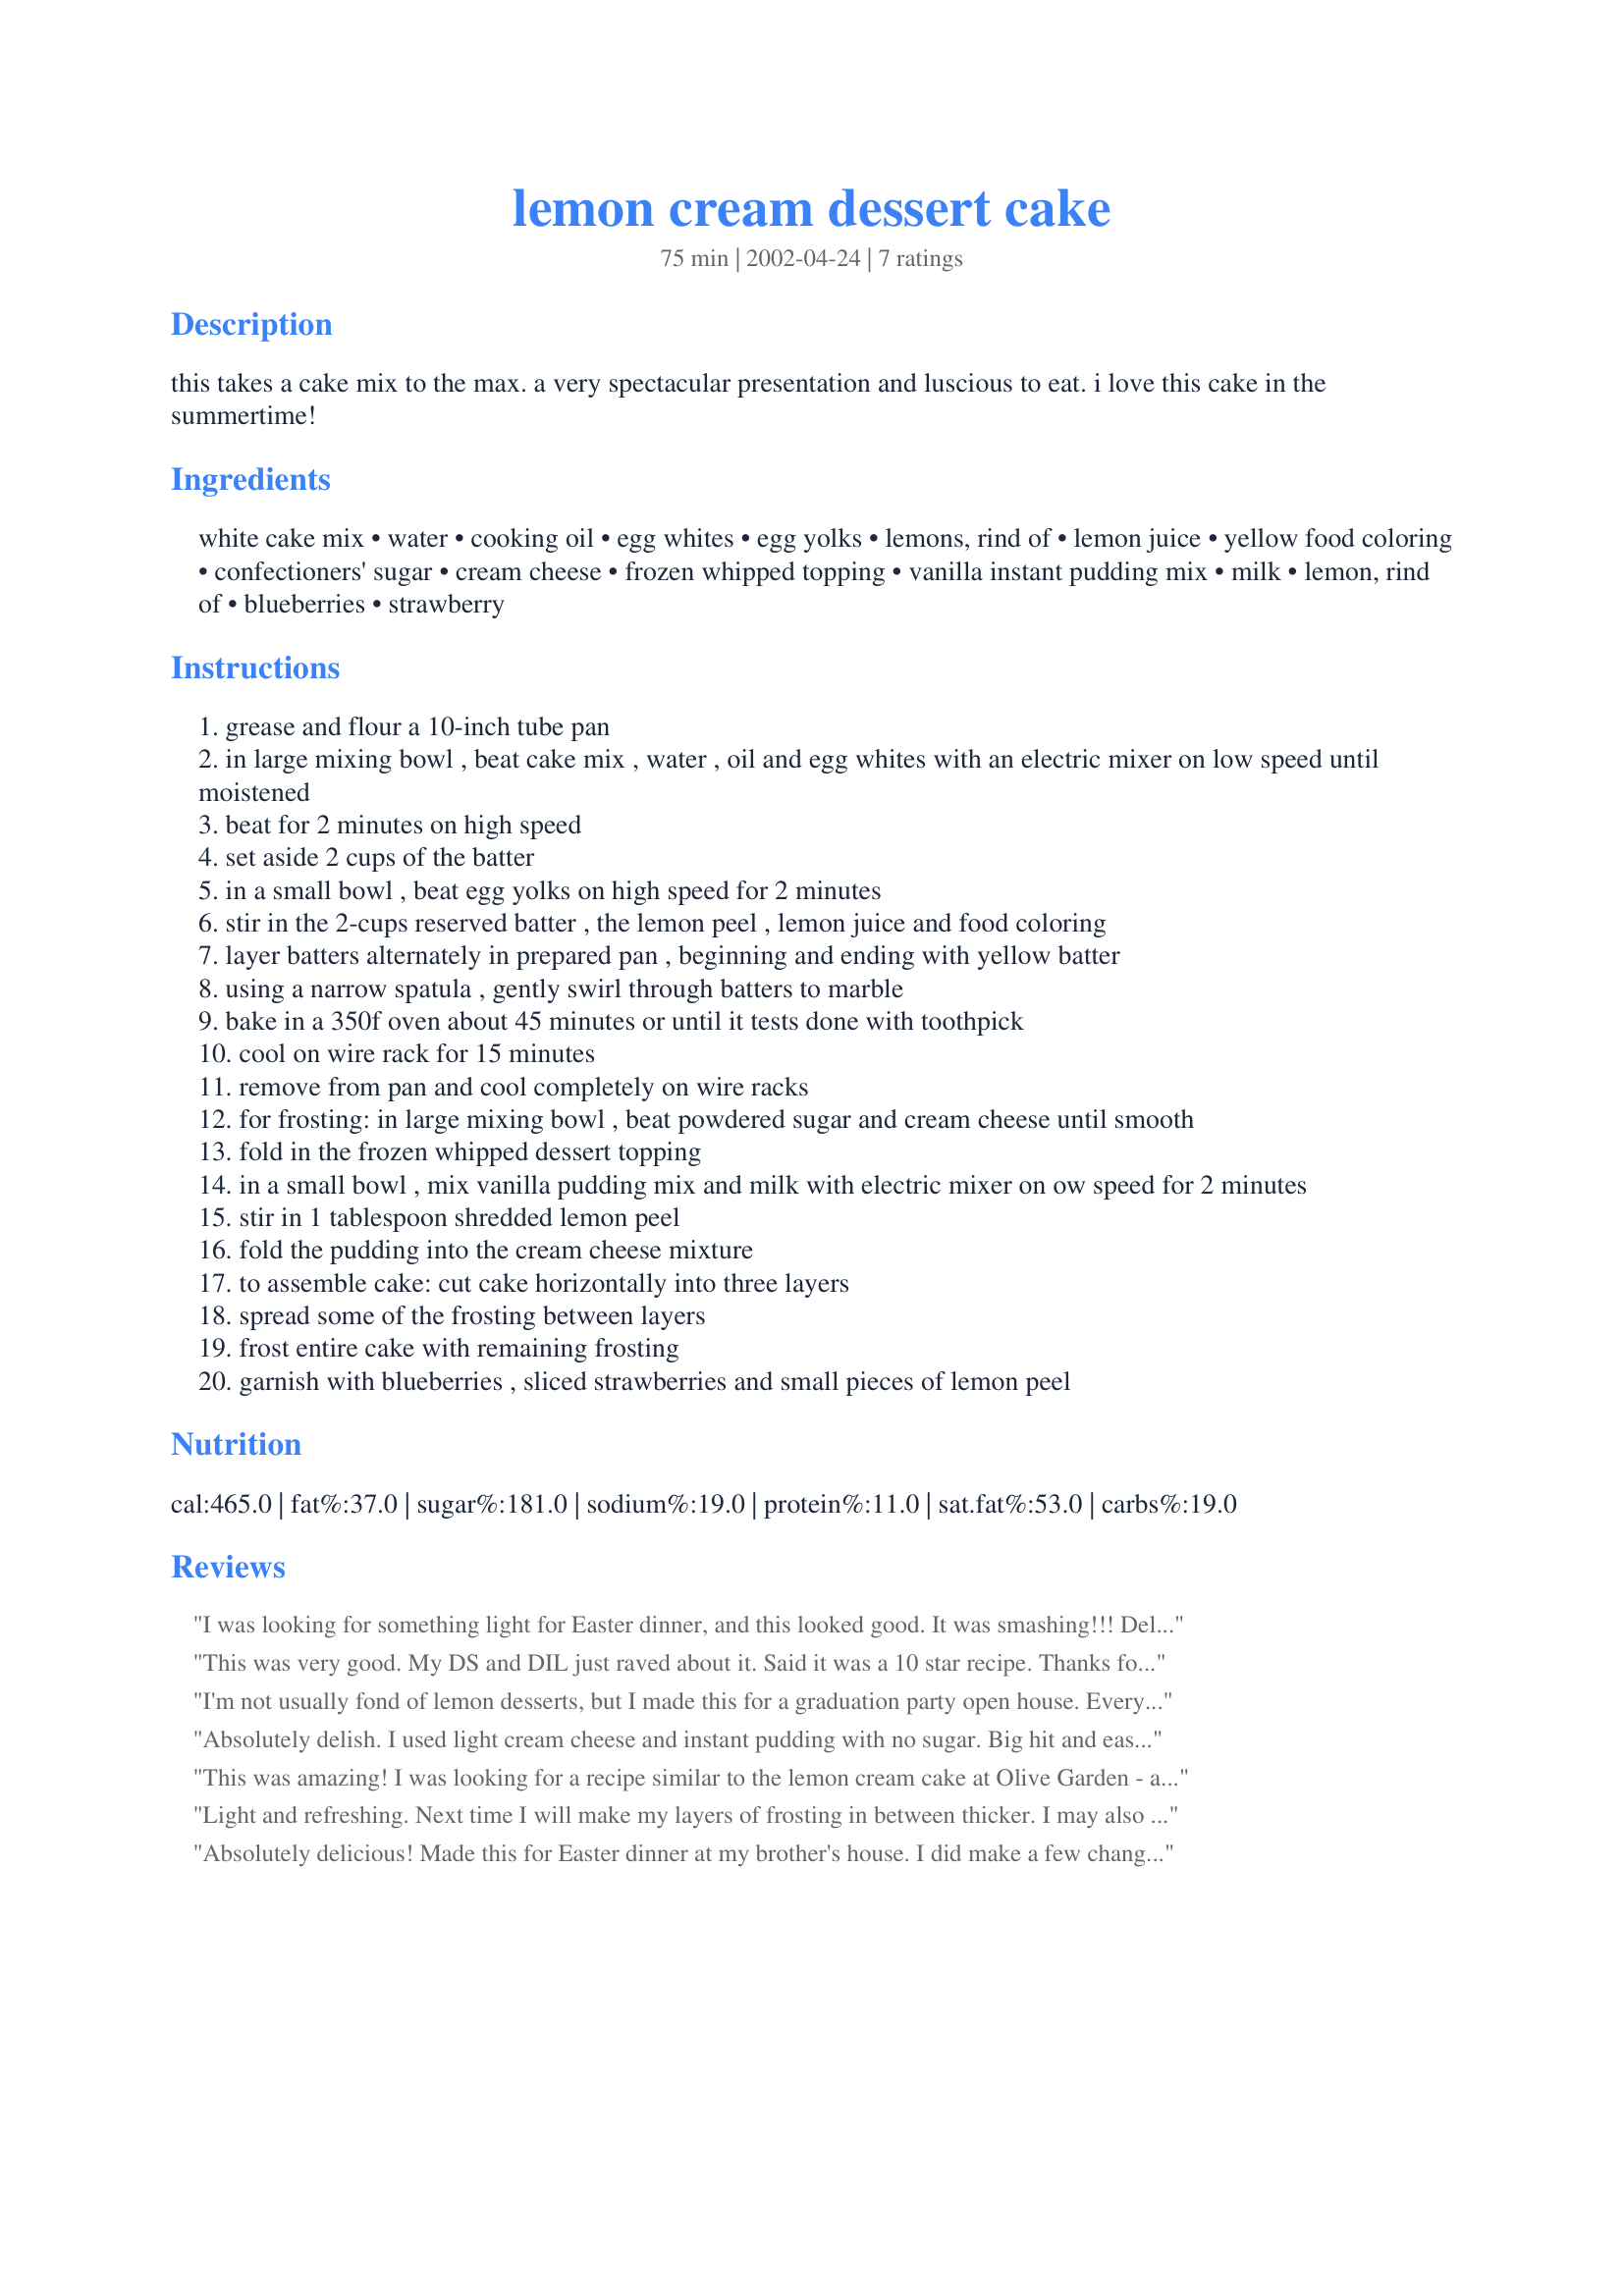
lemon cream dessert cake
Preparation time: 75 minutes

this takes a cake mix to the max. a very spectacular presentation and luscious to eat. i love this cake in the summertime!

Ingredients:
white cake mix, water, cooking oil, egg whites, egg yolks, lemons, rind of, lemon juice, yellow food coloring, confectioners' sugar, cream cheese, frozen whipped topping, vanilla instant pudding mix, milk, lemon, rind of, blueberries, strawberry

Steps:
grease and flour a 10-inch tube pan
in large mixing bowl , beat cake mix , water , oil and egg whites with an electric mixer on low speed until moistened
beat for 2 minutes on high speed
set aside 2 cups of the batter
in a small bowl , beat egg yolks on high speed for 2 minutes
stir in the 2-cups reserved batter , the lemon peel , lemon juice and food coloring
layer batters alternately in prepared pan , beginning and ending with yellow batter
using a narrow spatula , gently swirl through batters to marble
bake in a 350f oven about 45 minutes or until it tests done with toothpick
cool on wire rack for 15 minutes
remove from pan and cool completely on wire racks
for frosting: in large mixing bowl , beat powdered sugar and cream cheese until smooth
fold in the frozen whipped dessert topping
in a small bowl , mix vanilla pudding mix and milk with electric mixer on ow speed for 2 minutes
stir in 1 tablespoon shredded lemon peel
fold the pudding into the cream cheese mixture
to assemble cake: cut cake horizontally into three layers
spread some of the frosting between layers
frost entire cake with remaining frosting
garnish with blueberries , sliced strawberries and small pieces of lemon peel

Reviews:
I was looking for something light for Easter dinner, and this looked good. It was smashing!!! Delicious, light and fluffy. Lemony, but not overwhelmingly so. Everyone loved it!
This was very good. My DS and DIL just raved about it. Said it was a 10 star recipe. Thanks for posting sharing this recipe.
I'm not usually fond of lemon desserts, but I made this for a graduation party open house. Everyone raved about it so I took a small slice. Wow! So light and creamy, really the best lemon cake I've ever tasted. I wish I had made two, so I would have had one waiting for me when I got home!
Absolutely delish. I used light cream cheese and instant pudding with no sugar. Big hit and easy to make. You could easily make the cake from scratch or use a pound cake also. Lovely!
This was amazing! I was looking for a recipe similar to the lemon cream cake at Olive Garden - and this was fairly close. I made it for my DH birthday - and it was gone by noon the next day (he being the one that ate most of it!) I'm actually making it again today to take over for a birthday dinner at his parent. THANKYOU...THANKYOU...THANKYOU!!!!
Light and refreshing. Next time I will make my layers of frosting in between thicker. I may also only make 2 layers instead of the 3. We loved it!
Absolutely delicious! Made this for Easter dinner at my brother's house. I did make a few changes/additions: I added some lemon extract & a little yellow food coloring to the frosting ingredients, and used lemon curd between the layers (instead of frosting). Also used raspberries & sugared lemon rind strips for garnish. Wonderful presentation, and soooo delicious. Thanks for posting -- I know I will make this again soon! -M =)
